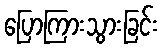
ပြောကြားသွားခြင်း